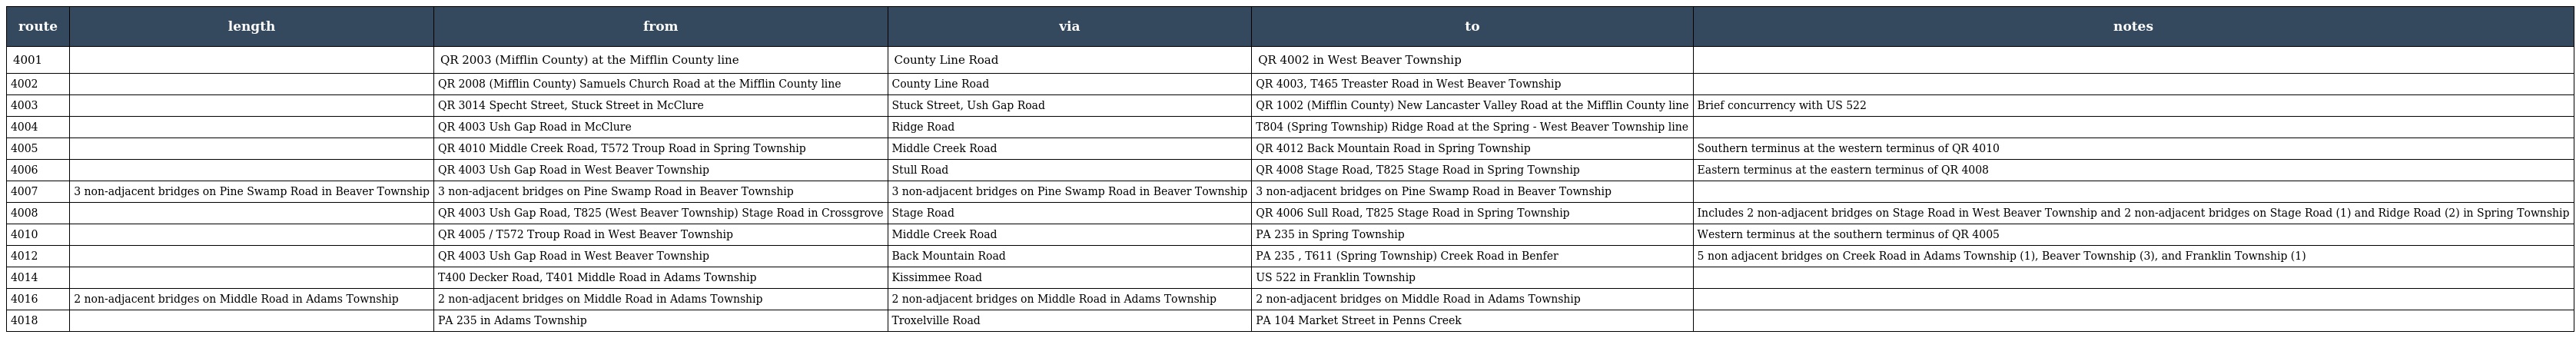
| route | length | from | via | to | notes |
 | --- | --- | --- | --- | --- | --- |
 | 4001 |  | QR 2003 (Mifflin County) at the Mifflin County line | County Line Road | QR 4002 in West Beaver Township |  |
 | 4002 |  | QR 2008 (Mifflin County) Samuels Church Road at the Mifflin County line | County Line Road | QR 4003, T465 Treaster Road in West Beaver Township |  |
 | 4003 |  | QR 3014 Specht Street, Stuck Street in McClure | Stuck Street, Ush Gap Road | QR 1002 (Mifflin County) New Lancaster Valley Road at the Mifflin County line | Brief concurrency with US 522 |
 | 4004 |  | QR 4003 Ush Gap Road in McClure | Ridge Road | T804 (Spring Township) Ridge Road at the Spring - West Beaver Township line |  |
 | 4005 |  | QR 4010 Middle Creek Road, T572 Troup Road in Spring Township | Middle Creek Road | QR 4012 Back Mountain Road in Spring Township | Southern terminus at the western terminus of QR 4010 |
 | 4006 |  | QR 4003 Ush Gap Road in West Beaver Township | Stull Road | QR 4008 Stage Road, T825 Stage Road in Spring Township | Eastern terminus at the eastern terminus of QR 4008 |
 | 4007 | 3 non-adjacent bridges on Pine Swamp Road in Beaver Township | 3 non-adjacent bridges on Pine Swamp Road in Beaver Township | 3 non-adjacent bridges on Pine Swamp Road in Beaver Township | 3 non-adjacent bridges on Pine Swamp Road in Beaver Township |  |
 | 4008 |  | QR 4003 Ush Gap Road, T825 (West Beaver Township) Stage Road in Crossgrove | Stage Road | QR 4006 Sull Road, T825 Stage Road in Spring Township | Includes 2 non-adjacent bridges on Stage Road in West Beaver Township and 2 non-adjacent bridges on Stage Road (1) and Ridge Road (2) in Spring Township |
 | 4010 |  | QR 4005 / T572 Troup Road in West Beaver Township | Middle Creek Road | PA 235 in Spring Township | Western terminus at the southern terminus of QR 4005 |
 | 4012 |  | QR 4003 Ush Gap Road in West Beaver Township | Back Mountain Road | PA 235 , T611 (Spring Township) Creek Road in Benfer | 5 non adjacent bridges on Creek Road in Adams Township (1), Beaver Township (3), and Franklin Township (1) |
 | 4014 |  | T400 Decker Road, T401 Middle Road in Adams Township | Kissimmee Road | US 522 in Franklin Township |  |
 | 4016 | 2 non-adjacent bridges on Middle Road in Adams Township | 2 non-adjacent bridges on Middle Road in Adams Township | 2 non-adjacent bridges on Middle Road in Adams Township | 2 non-adjacent bridges on Middle Road in Adams Township |  |
 | 4018 |  | PA 235 in Adams Township | Troxelville Road | PA 104 Market Street in Penns Creek |  |